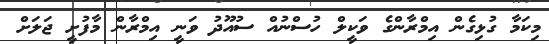
މިކަމާ ގުޅިގެން އިމްރާންގެ ވަކީލް ހުސްނުއް ސުއޫދު ވަނީ އިމްރާން މާފުށީ ޖަލަށް